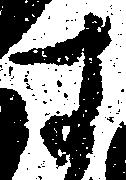
す